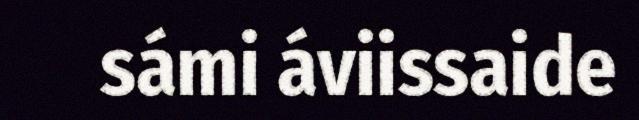
sámi áviissaide